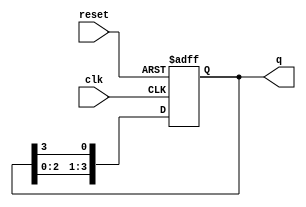
module ring_counter #(
    parameter N = 4 // Number of flip-flops
) (
    input wire clk,       // Clock input
    input wire reset,     // Reset input
    output reg [N-1:0] q // Output state of the counter
);

    // Initial state (only the first flip-flop is set)
    initial begin
        q = 1'b1; // Start with 100...0
    end

    always @(posedge clk or posedge reset) begin
        if (reset) begin
            q <= 1'b1; // Reset to initial state (100...0)
        end else begin
            // Shift the '1' to the right
            q <= {q[N-2:0], q[N-1]}; // Shift left and wrap around
        end
    end
endmodule